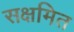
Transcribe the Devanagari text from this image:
सक्षमित